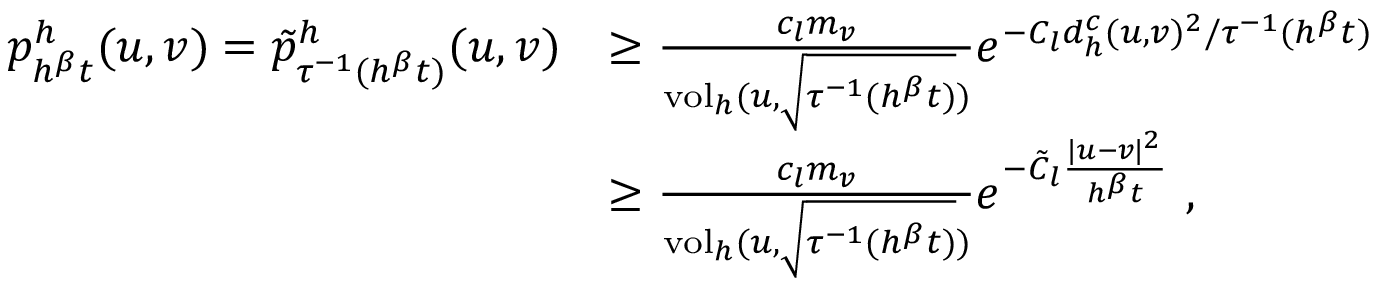
\begin{array} { r l } { p _ { h ^ { \beta } t } ^ { h } ( u , v ) = \tilde { p } _ { \tau ^ { - 1 } ( h ^ { \beta } t ) } ^ { h } ( u , v ) } & { \geq \frac { c _ { l } m _ { v } } { \operatorname { v o l } _ { h } ( u , \sqrt { \tau ^ { - 1 } ( h ^ { \beta } t ) } ) } e ^ { - C _ { l } d _ { h } ^ { c } ( u , v ) ^ { 2 } / \tau ^ { - 1 } ( h ^ { \beta } t ) } } \\ & { \geq \frac { c _ { l } m _ { v } } { \operatorname { v o l } _ { h } ( u , \sqrt { \tau ^ { - 1 } ( h ^ { \beta } t ) } ) } e ^ { - \tilde { C } _ { l } \frac { \lvert u - v \rvert ^ { 2 } } { h ^ { \beta } t } } \ , } \end{array}